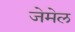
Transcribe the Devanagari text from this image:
जेमेल